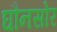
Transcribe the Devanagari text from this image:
घौनसोर